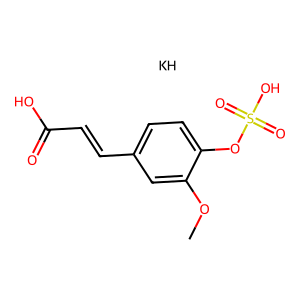
SMILES: COc1cc(C=CC(=O)O)ccc1OS(=O)(=O)O.[KH]
Inhibits HIV replication: No